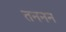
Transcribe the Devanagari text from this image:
तननन